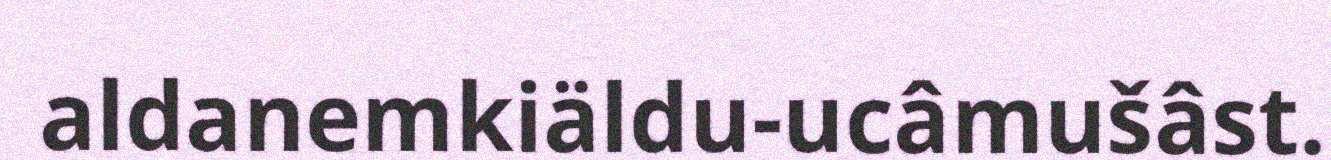
aldanemkiäldu-ucâmušâst.